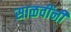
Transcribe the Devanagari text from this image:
साळवींनी